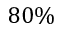
8 0 \%